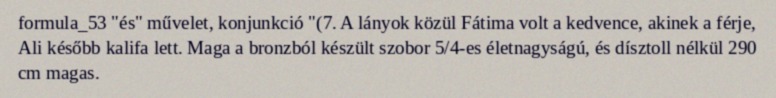
formula_53 "és" művelet, konjunkció "(7. A lányok közül Fátima volt a kedvence, akinek a férje, Ali később kalifa lett. Maga a bronzból készült szobor 5/4-es életnagyságú, és dísztoll nélkül 290 cm magas.